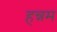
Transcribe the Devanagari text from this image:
हन्नम